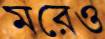
মরেও